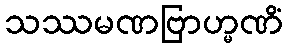
သဿမဏဗြာဟ္မဏိံ